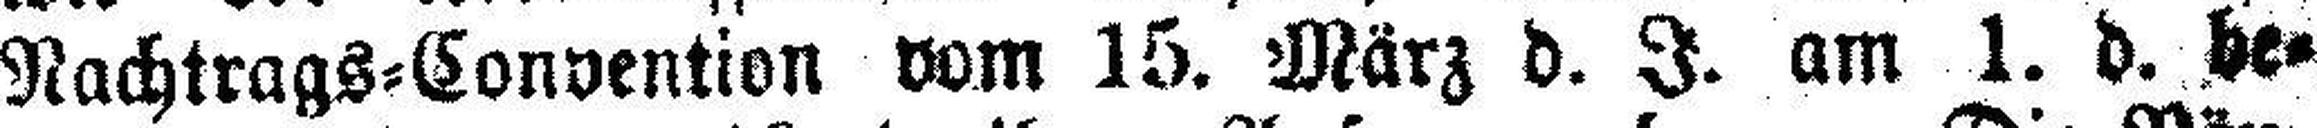
Nachtrags=Convention vom 15. März d. J. am 1. d. be¬